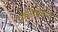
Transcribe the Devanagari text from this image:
प्राकृतिकवासों